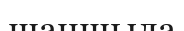
шаншыла